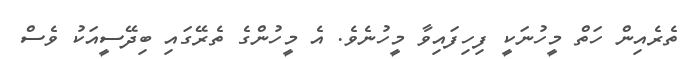
ތެރެއިން ހަތް މީހުނަކީ ފިހިފައިވާ މީހުނެވެ. އެ މީހުންގެ ތެރޭގައި ބިދޭސީއަކު ވެސް